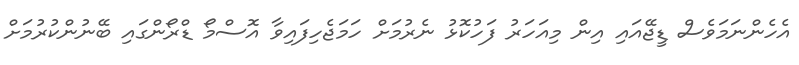
އެހެންނަމަވެސް ޑީޖޭއައި އިން މިއަހަރު ފަހުކޮޅު ނެރުމަށް ހަމަޖެހިފައިވާ އޮސްމޯ ޑްރޯންގައި ބޭނުންކުރުމަށް